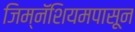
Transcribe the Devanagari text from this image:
जिम्नॅशियमपासून